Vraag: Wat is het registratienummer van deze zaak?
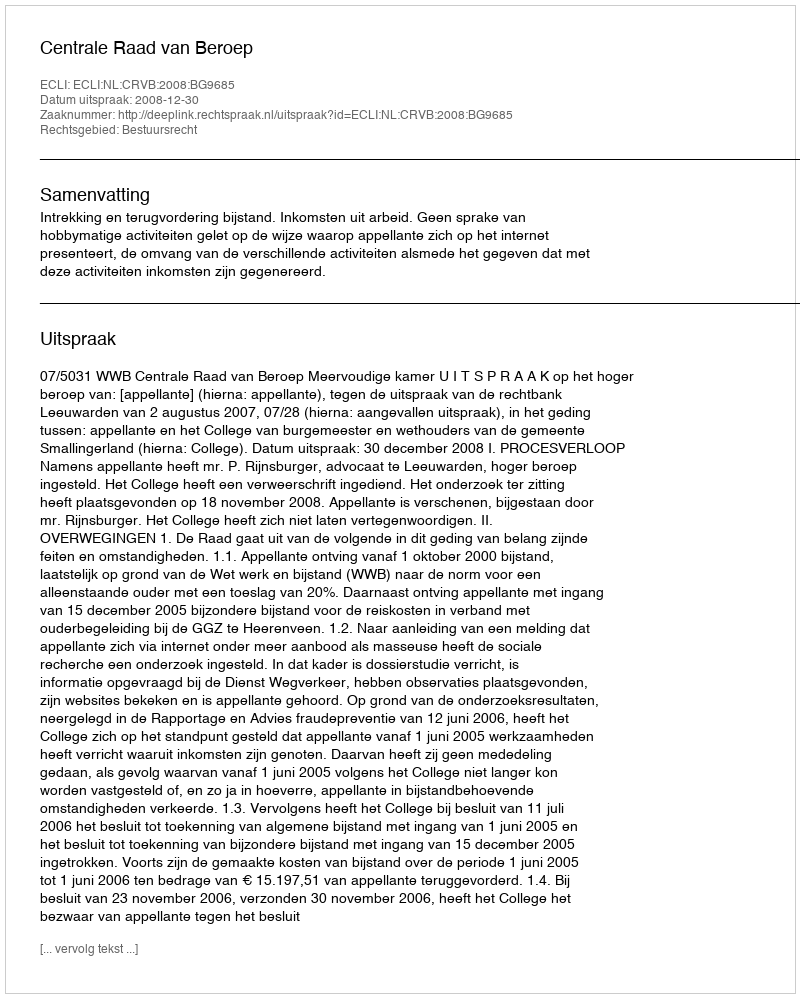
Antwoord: http://deeplink.rechtspraak.nl/uitspraak?id=ECLI:NL:CRVB:2008:BG9685